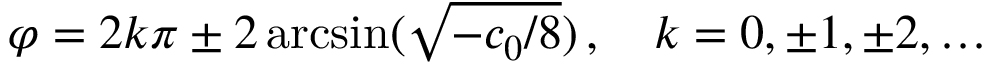
\varphi = 2 k \pi \pm 2 \arcsin ( \sqrt { - c _ { 0 } / 8 } ) \, , \quad k = 0 , \pm 1 , \pm 2 , \ldots